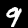
Digit: 9